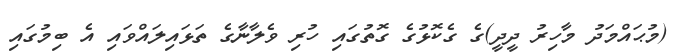
(މުޙައްމަދު މާހިރު ދީދީ)ގެ ގެކޮޅުގެ ގޮތުގައި ހުރި ވެލާނާގެ ތަޅައިލައްވައި އެ ބިމުގައި